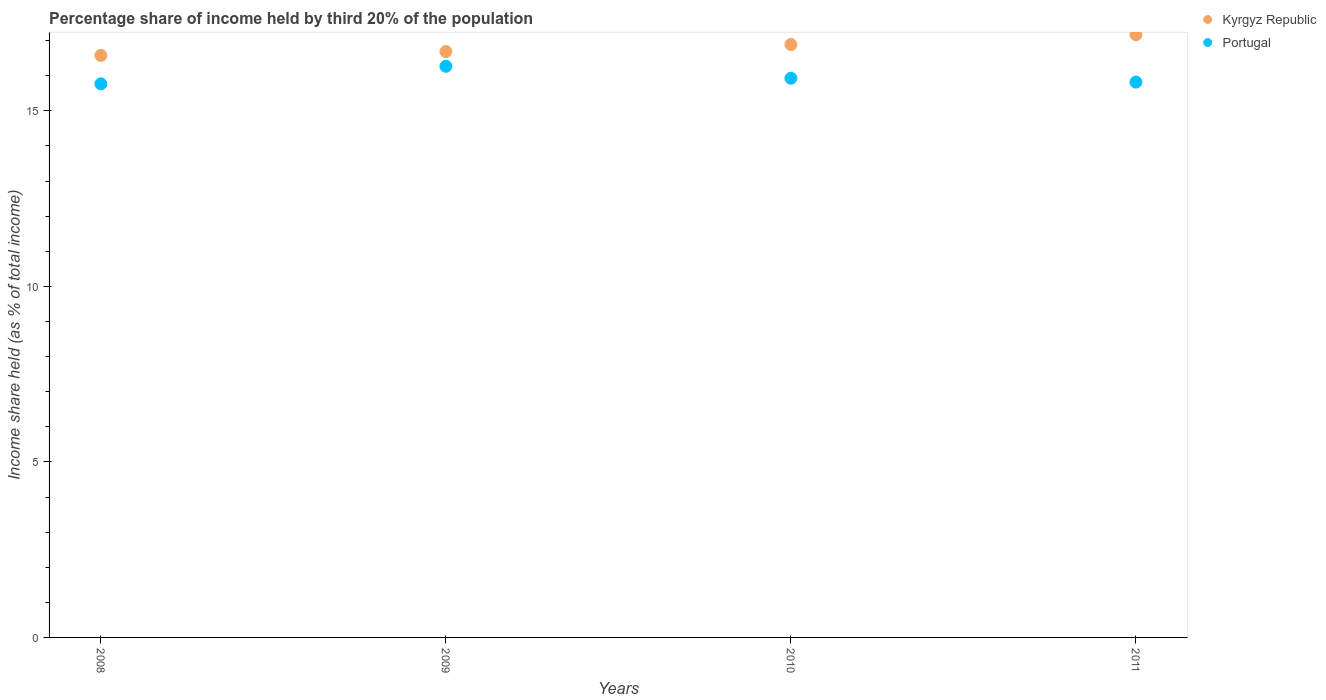
| Years | Kyrgyz Republic | Portugal |
 | --- | --- | --- |
 | 2008 | 16.6 | 15.8 |
 | 2009 | 16.7 | 16.3 |
 | 2010 | 16.9 | 15.9 |
 | 2011 | 17.2 | 15.8 |